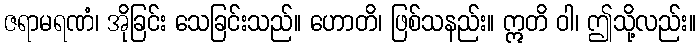
ဇရာမရဏံ၊ အိုခြင်း သေခြင်းသည်။ ဟောတိ၊ ဖြစ်သနည်း။ ဣတိ ဝါ၊ ဤသို့လည်း။